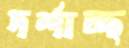
দর্শাচ্ছ